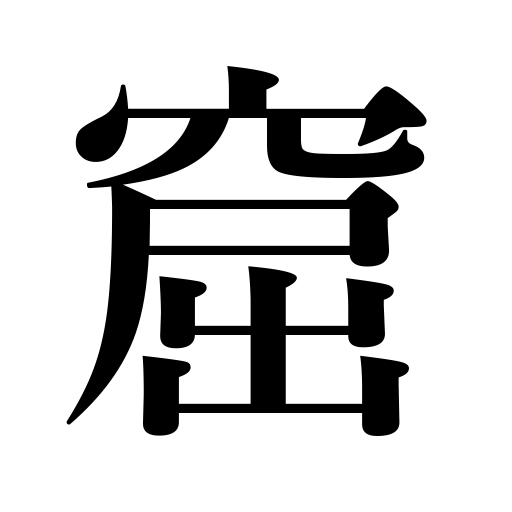
Meanings: cavern